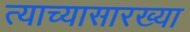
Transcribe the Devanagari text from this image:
त्याच्यासारख्या